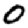
Digit: 0